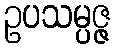
ဥပသမ္ပဇ္ဇ